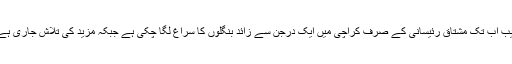
نیب اب تک مشتاق رئیسانی کے صرف کراچی میں ایک درجن سے زائد بنگلوں کا سراغ لگا چکی ہے جبکہ مزید کی تلاش جاری ہے۔